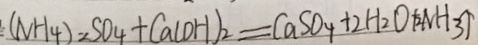
: ( N H _ { 4 } ) = S O _ { 4 } + C a ( O H ) _ { 2 } = C a S O _ { 4 } + 2 H _ { 2 } O + 2 N H _ { 3 } \uparrow